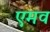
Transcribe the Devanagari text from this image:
एमव